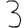
Digit: 3